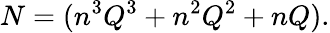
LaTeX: N=(n^{3}Q^{3}+n^{2}Q^{2}+nQ).